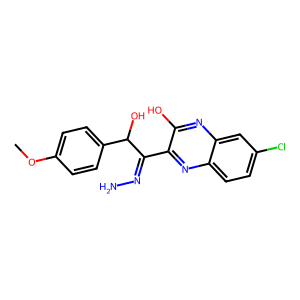
SMILES: COc1ccc(C(O)C(=NN)c2nc3ccc(Cl)cc3nc2O)cc1
Inhibits HIV replication: No